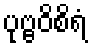
ပုဗ္ဗဝိစိရံ